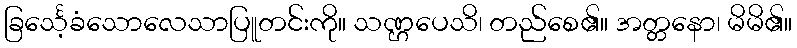
ခြင်္သေ့ခံသောလေသာပြူတင်းကို။ သဏ္ဌပေသိ၊ တည်စေ၏။ အတ္တနော၊ မိမိ၏။